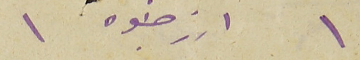
١ ارز جنوه ١